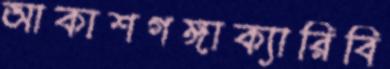
আকাশগঙ্গাক্যারিবি